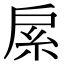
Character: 䋀